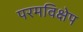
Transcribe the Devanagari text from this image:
परमविक्षेप